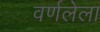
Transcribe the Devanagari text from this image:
वर्णलेला